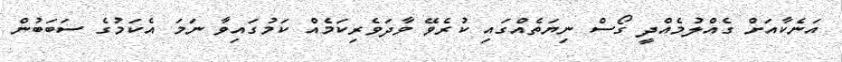
އަނެކާއަށް ގެއްލުމެއްދީ ގޯސް ނިޔަތެއްގައި ކުރެވޭ ވާދަވެރިކަމެއް ކަމުގައިވާ ނަމަ އެކަމުގެ ސަބަބުން